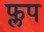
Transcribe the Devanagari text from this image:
फ्लप